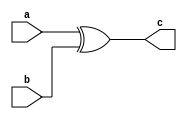
module Xorgate(a,b,c);
    input a,b;
    output reg c;

    //Gate_Level_model
    //xor x1(c,a,b);

    //Data_FLow_MOdel
    //assign c = a ^ b;

    //Behavioral_Model
     always @(a,b) begin
        c = a ^ b ;
     end
endmodule